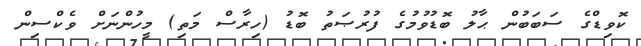
ކޮވިޑްގެ ސަބަބުން ޙާލު ބޮޑުވުމުގެ ފުރުޞަތު ބޮޑު (ހިރާސް މަތި) މީހުންނަށް ވެކްސިން